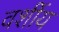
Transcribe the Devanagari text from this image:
वर्शीय